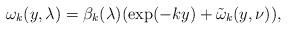
LaTeX: \begin{align*} \omega_k(y, \lambda)= \beta_k(\lambda) (\exp(- k y) + \tilde \omega_k(y, \nu)),\end{align*}